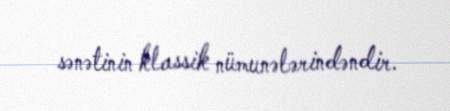
sənətinin klassik nümunələrindəndir.